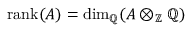
\operatorname { r a n k } ( A ) = \dim _ { \mathbb { Q } } ( A \otimes _ { \mathbb { Z } } \mathbb { Q } )